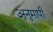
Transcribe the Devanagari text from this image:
अनुमापी